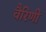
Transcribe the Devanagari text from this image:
वैरिणी